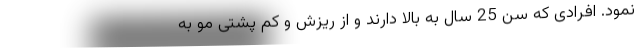
نمود. افرادی که سن 25 سال به بالا دارند و از ریزش و کم پشتی مو به